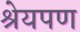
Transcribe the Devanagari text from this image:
श्रेयपण